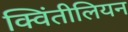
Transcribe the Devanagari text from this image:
क्विंतीलियन